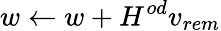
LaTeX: w\leftarrow w+H^{od}v_{rem}